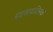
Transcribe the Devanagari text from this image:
बाइसायक्लिक